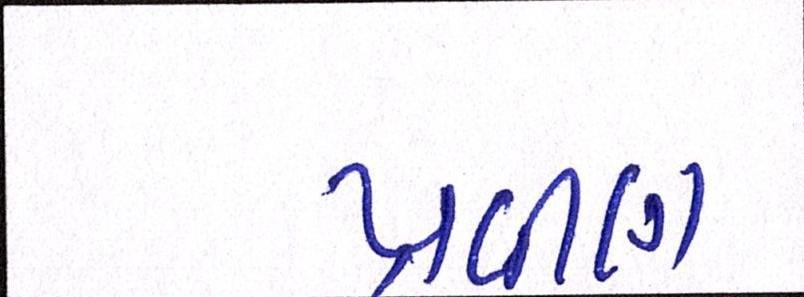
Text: પ્રવીણ